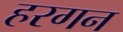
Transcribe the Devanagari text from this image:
हरगन